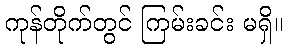
ကုန်တိုက်တွင် ကြမ်းခင်း မရှိ။